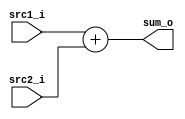

module Adder(
    src1_i,
    src2_i,
    sum_o
    );

//I/O ports
input  [32-1:0]  src1_i;
input  [32-1:0]	 src2_i;
output [32-1:0]	 sum_o;

//Internal Signals
wire   [32-1:0]	 sum_o;
assign sum_o=src1_i+src2_i;
endmodule